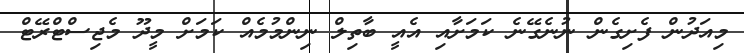
މިއަދުން ފެށިގެން ނުނެގޭނެ ކަމަށާއި އެއީ ބާތިލް ނިންމުމެއް ކަމަށް މީދޫ މެޖިސްޓްރޭޓް